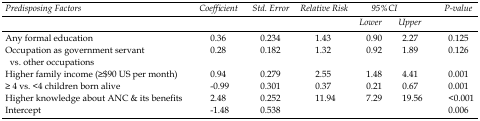
<table><thead><tr><td rowspan="2"><b>Predisposing Factors</b></td><td rowspan="2"><b>Coefficient</b></td><td rowspan="2"><b>Std. Error</b></td><td rowspan="2"><b>Relative Risk</b></td><td colspan="2"><b>95%CI</b></td><td rowspan="2"><b>P-value</b></td></tr><tr><td><b>Lower</b></td><td><b>Upper</b></td></tr></thead><tbody><tr><td>Any formal education</td><td>0.36</td><td>0.234</td><td>1.43</td><td>0.90</td><td>2.27</td><td>0.125</td></tr><tr><td>Occupation as government servant vs. other occupations</td><td>0.28</td><td>0.182</td><td>1.32</td><td>0.92</td><td>1.89</td><td>0.126</td></tr><tr><td>Higher family income (≥$90 US per month)</td><td>0.94</td><td>0.279</td><td>2.55</td><td>1.48</td><td>4.41</td><td>0.001</td></tr><tr><td>≥ 4 vs. &lt;4 children born alive</td><td>-0.99</td><td>0.301</td><td>0.37</td><td>0.21</td><td>0.67</td><td>0.001</td></tr><tr><td>Higher knowledge about ANC &amp; its benefits</td><td>2.48</td><td>0.252</td><td>11.94</td><td>7.29</td><td>19.56</td><td>&lt;0.001</td></tr><tr><td>Intercept</td><td>-1.48</td><td>0.538</td><td></td><td></td><td></td><td>0.006</td></tr></tbody></table>